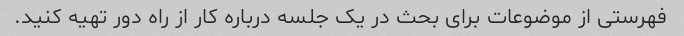
فهرستی از موضوعات برای بحث در یک جلسه درباره کار از راه دور تهیه کنید.